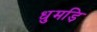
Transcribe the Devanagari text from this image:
धुमड़ि